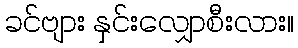
ခင်ဗျား နှင်းလျှောစီးလား။